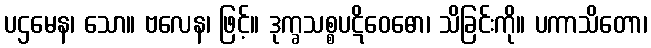
ပဌမေန၊ သော။ ဗလေန၊ ဖြင့်။ ဒုက္ခသစ္စပဋိဝေဓော၊ သိခြင်းကို။ ပကာသိတော၊